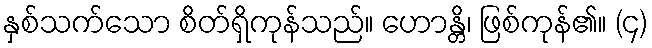
နှစ်သက်သော စိတ်ရှိကုန်သည်။ ဟောန္တိ၊ ဖြစ်ကုန်၏။ (၄)